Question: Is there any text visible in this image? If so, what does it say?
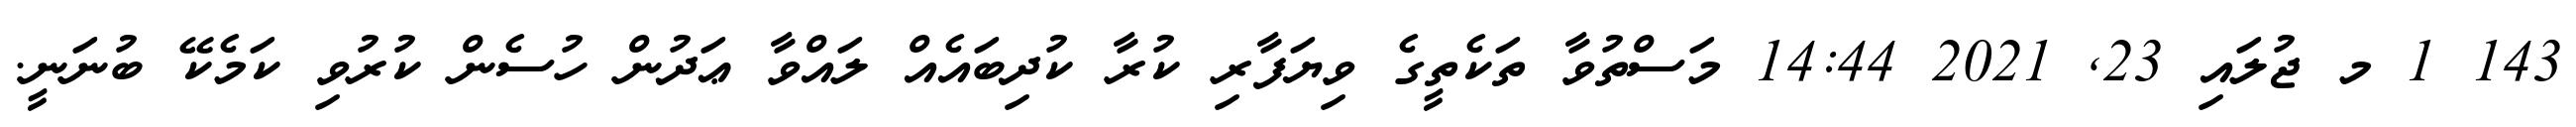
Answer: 143 1 މ ޖުލައި 23, 2021 14:44 މަސްތުވާ ތަކެތީގެ ވިޔަފާރި ކުރާ ކުދިބައެއް ލައްވާ ޢަދުން ހުސެން ކުރުވި ކަމެކޭ ބުނަނީ.